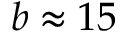
b \approx 1 5